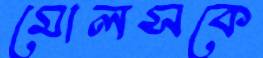
মোলসকে